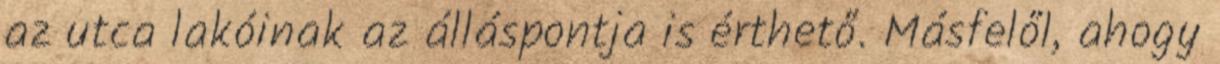
az utca lakóinak az álláspontja is érthető. Másfelől, ahogy